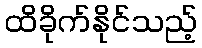
ထိခိုက်နိုင်သည့်